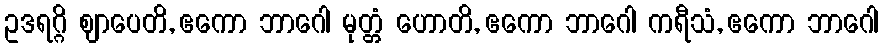
ဥဒရဂ္ဂိ ဈာပေတိ, ဧကော ဘာဂေါ မုတ္တံ ဟောတိ, ဧကော ဘာဂေါ ကရီသံ, ဧကော ဘာဂေါ